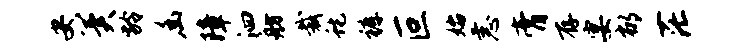
安冀龄幽障泗舫裁蛇裤叵始恚膏存宴郁茫